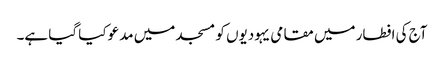
آج کی افطار میں مقامی یہودیوں کو مسجد میں مدعو کیا گیا ہے۔